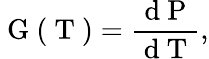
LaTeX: \mathrm{~G~}(\mathrm{~T~})=\frac{\mathrm{~d~P~}}{\mathrm{~d~T~}},